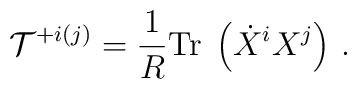
{\cal T}^{+ i (j)} = \frac{1}{R}  {\rm Tr}\; \left( \dot{X}^i X^j \right)\, .